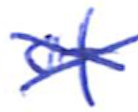
Text: of
Cross-out: cross
Writing tool: ballpoint